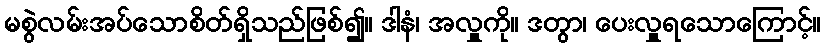
မစွဲလမ်းအပ်သောစိတ်ရှိသည်ဖြစ်၍။ ဒါနံ၊ အလှူကို။ ဒတွာ၊ ပေးလှူရသောကြောင့်။